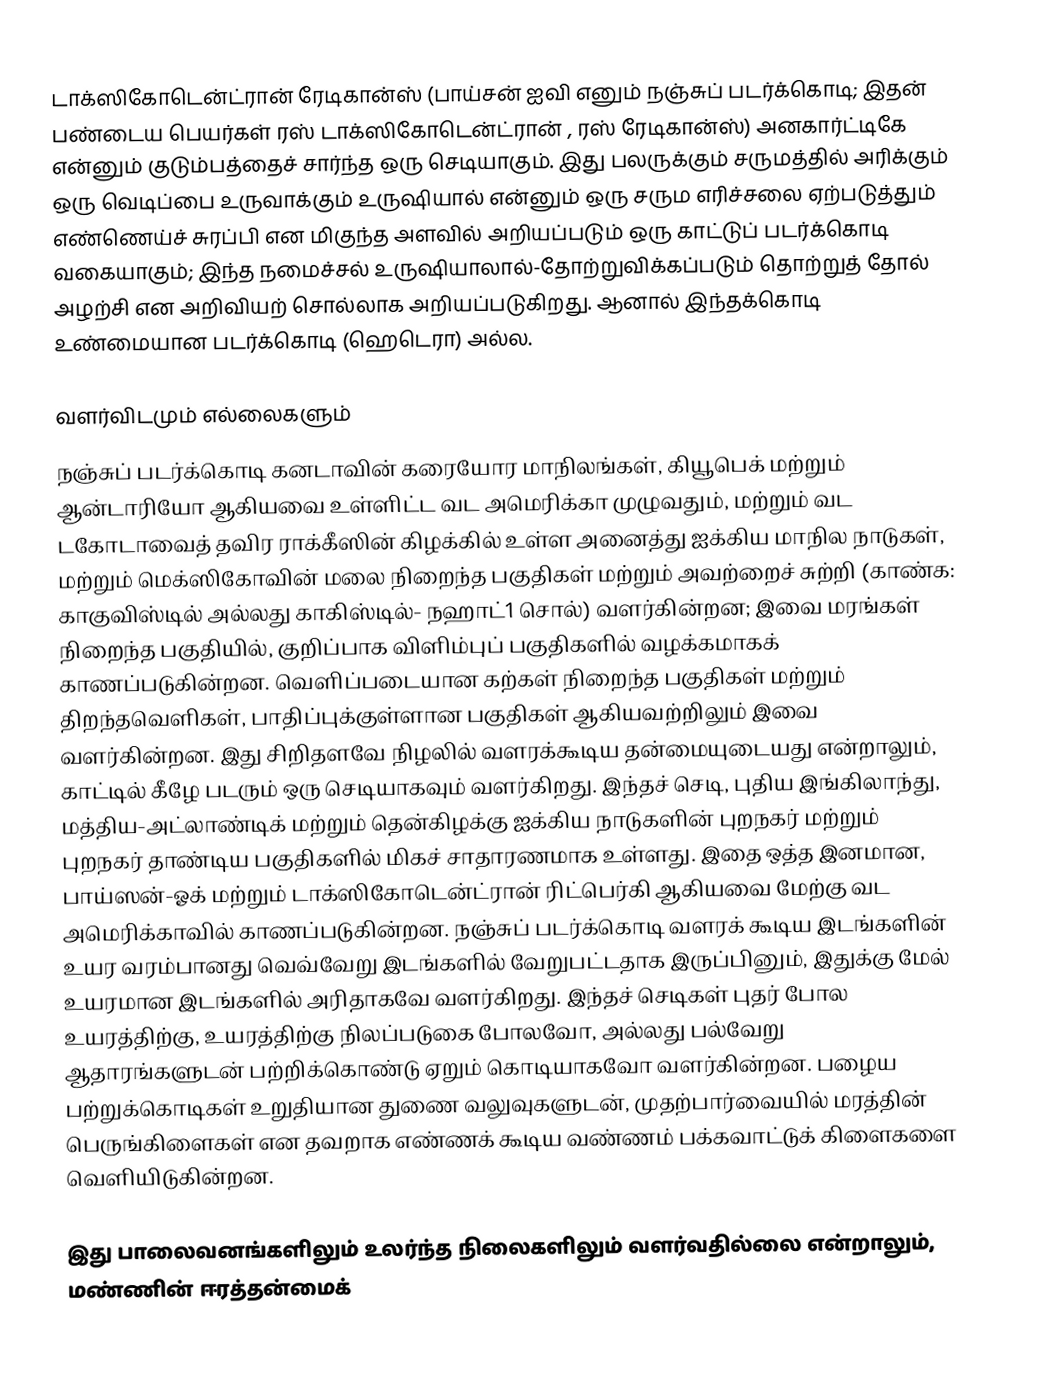
டாக்ஸிகோடென்ட்ரான் ரேடிகான்ஸ்   (பாய்சன் ஐவி எனும் நஞ்சுப் படர்க்கொடி; இதன் பண்டைய பெயர்கள் ரஸ் டாக்ஸிகோடென்ட்ரான் , ரஸ் ரேடிகான்ஸ்)   அனகார்ட்டிகே என்னும் குடும்பத்தைச் சார்ந்த ஒரு செடியாகும். இது பலருக்கும் சருமத்தில் அரிக்கும் ஒரு வெடிப்பை உருவாக்கும் உருஷியால் என்னும் ஒரு சரும  எரிச்சலை ஏற்படுத்தும் எண்ணெய்ச் சுரப்பி என மிகுந்த அளவில் அறியப்படும் ஒரு காட்டுப் படர்க்கொடி வகையாகும்; இந்த நமைச்சல் உருஷியாலால்-தோற்றுவிக்கப்படும் தொற்றுத் தோல் அழற்சி என அறிவியற் சொல்லாக அறியப்படுகிறது. ஆனால் இந்தக்கொடி  உண்மையான படர்க்கொடி (ஹெடெரா) அல்ல.

வளர்விடமும் எல்லைகளும்
நஞ்சுப் படர்க்கொடி கனடாவின் கரையோர மாநிலங்கள், கியூபெக் மற்றும் ஆன்டாரியோ ஆகியவை உள்ளிட்ட வட அமெரிக்கா முழுவதும், மற்றும் வட டகோடாவைத் தவிர ராக்கீஸின் கிழக்கில் உள்ள அனைத்து ஐக்கிய மாநில நாடுகள், மற்றும் மெக்ஸிகோவின் மலை நிறைந்த பகுதிகள் மற்றும் அவற்றைச் சுற்றி (காண்க: காகுவிஸ்டில் அல்லது காகிஸ்டில்- நஹாட்1 சொல்) வளர்கின்றன; இவை மரங்கள் நிறைந்த பகுதியில், குறிப்பாக விளிம்புப் பகுதிகளில் வழக்கமாகக் காணப்படுகின்றன.  வெளிப்படையான கற்கள் நிறைந்த பகுதிகள் மற்றும் திறந்தவெளிகள், பாதிப்புக்குள்ளான பகுதிகள் ஆகியவற்றிலும் இவை வளர்கின்றன. இது சிறிதளவே நிழலில் வளரக்கூடிய தன்மையுடையது என்றாலும், காட்டில் கீழே படரும் ஒரு செடியாகவும் வளர்கிறது.  இந்தச் செடி, புதிய இங்கிலாந்து, மத்திய-அட்லாண்டிக் மற்றும் தென்கிழக்கு ஐக்கிய நாடுகளின் புறநகர் மற்றும் புறநகர் தாண்டிய பகுதிகளில் மிகச் சாதாரணமாக உள்ளது. இதை ஒத்த இனமான, பாய்ஸன்-ஓக் மற்றும் டாக்ஸிகோடென்ட்ரான் ரிட்பெர்கி ஆகியவை மேற்கு வட அமெரிக்காவில் காணப்படுகின்றன. நஞ்சுப் படர்க்கொடி வளரக் கூடிய இடங்களின் உயர வரம்பானது வெவ்வேறு இடங்களில் வேறுபட்டதாக இருப்பினும், இதுக்கு மேல் உயரமான இடங்களில் அரிதாகவே வளர்கிறது.  இந்தச் செடிகள் புதர் போல  உயரத்திற்கு,  உயரத்திற்கு நிலப்படுகை போலவோ, அல்லது பல்வேறு ஆதாரங்களுடன் பற்றிக்கொண்டு ஏறும் கொடியாகவோ வளர்கின்றன. பழைய பற்றுக்கொடிகள் உறுதியான துணை வலுவுகளுடன், முதற்பார்வையில் மரத்தின் பெருங்கிளைகள் என தவறாக எண்ணக் கூடிய வண்ணம் பக்கவாட்டுக் கிளைகளை வெளியிடுகின்றன.

இது பாலைவனங்களிலும் உலர்ந்த நிலைகளிலும் வளர்வதில்லை என்றாலும், மண்ணின் ஈரத்தன்மைக்